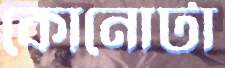
কোনোটা